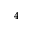
^ 4